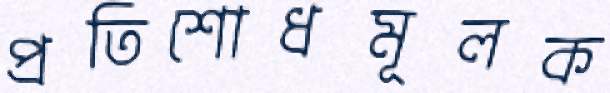
প্রতিশোধমূলক